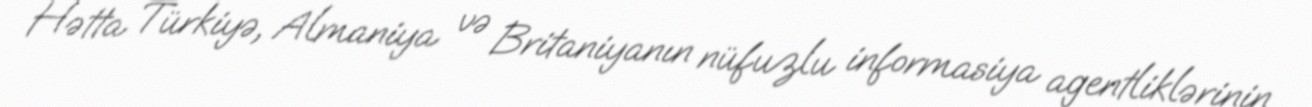
Hətta Türkiyə, Almaniya və Britaniyanın nüfuzlu informasiya agentliklərinin